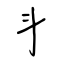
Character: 斗